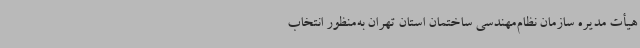
هیأت مدیره سازمان نظام‌مهندسی ساختمان استان تهران به‌منظور انتخاب